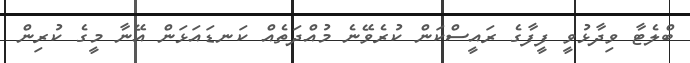
ބްލެޓާ ވިދާޅުވީ ފީފާގެ ރައީސްކަން ކުރެވޭނެ މުއްދަތެއް ކަނޑައަޅަން އޭނާ މީގެ ކުރިން